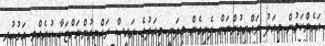
އަހެންކަމުން މިއަދު ރައްޔިތުންނަށް ފެނިގެން މިދަނީ މިއަދުގެ ރައީސް ރައްޔިތުންނަށްޓަކާ ކުރެއްވި އަގުހުރި